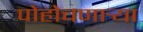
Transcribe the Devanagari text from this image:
पोहोचणार्‍या